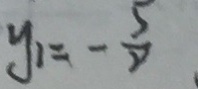
y _ { 1 } = - \frac { 5 } { 8 }